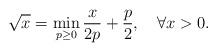
LaTeX: \begin{align*}\sqrt{x} = \min_{p\geq 0} \frac{x}{2p} + \frac{p}{2}, \quad\forall x>0.\end{align*}